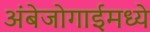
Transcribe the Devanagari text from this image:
अंबेजोगाईमध्ये